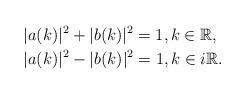
LaTeX: \begin{align*} &|a(k)|^2+|b(k)|^2=1, k \in \mathbb{R}, \\ &|a(k)|^2-|b(k)|^2=1, k \in i\mathbb{R}.\end{align*}